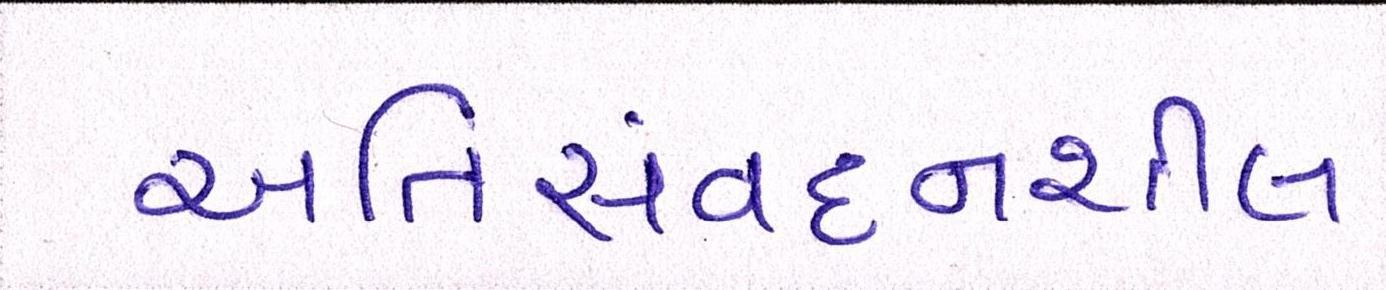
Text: અતિસંવદનશીલ